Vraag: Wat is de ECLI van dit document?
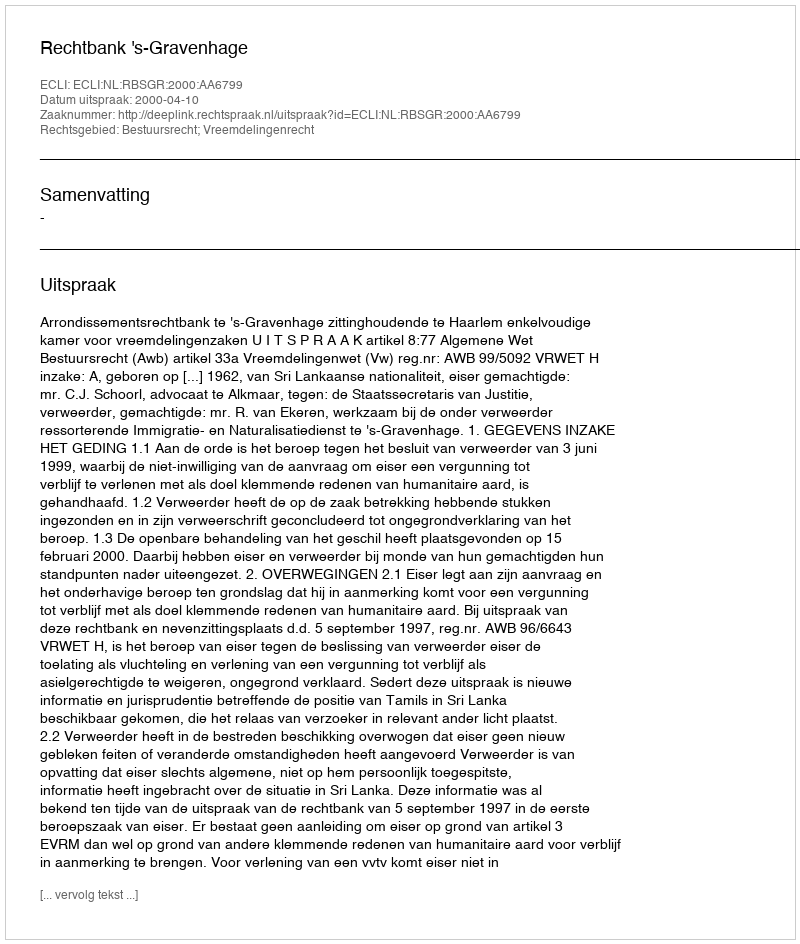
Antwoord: ECLI:NL:RBSGR:2000:AA6799